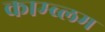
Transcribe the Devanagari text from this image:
काम्ब्लम